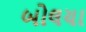
બોલયા